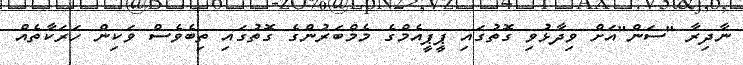
ނާދިރާ "ސަން"އަށް ވިދާޅުވި ގޮތުގައި ޕީޕީއެމްގެ މެމްބަރުންގެ ގޮތުގައި ތިބެވެސް ވަކިން ހަރަކާތެއް